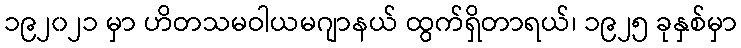
၁၉၂၀၂၁ မှာ ဟိတသမဝါယမဂျာနယ် ထွက်ရှိတာရယ်၊ ၁၉၂၅ ခုနှစ်မှာ